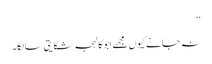
‘‘
نہ جانے کیوں مجھے ابو کا لہجہ شکایتی سا لگا۔